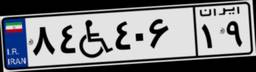
۸۴W۴۰۶۱۹